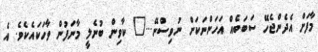
މާފަށް އެދެންޖެހޭ ސަބަބެއް އަހަންނަކަށް ނުވިސްނޭ..." ކާވިން ބުނެލީ މާނަފުން ވާހަކައެކެވެ. އެ